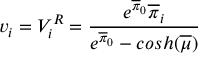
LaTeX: v _ { i } = V _ { i } ^ { R } = \frac { { e ^ { \overline { { { \pi } } } _ { 0 } } \overline { { { \pi } } } _ { i } } } { e ^ { \overline { { { \pi } } } _ { 0 } } - c o s h ( \overline { { { \mu } } } ) }